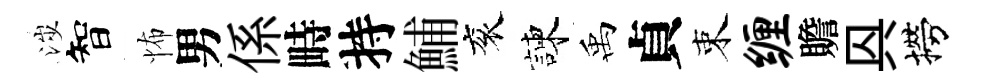
涉智怖男係畤持鯆衮諫禹貞束缠贍㒷撈